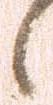
候